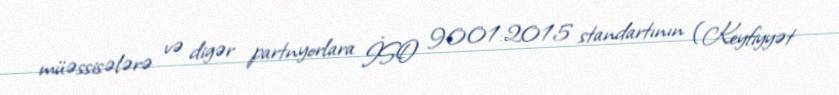
müəssisələrə və digər partnyorlara İSO 9001:2015 standartının (Keyfiyyət